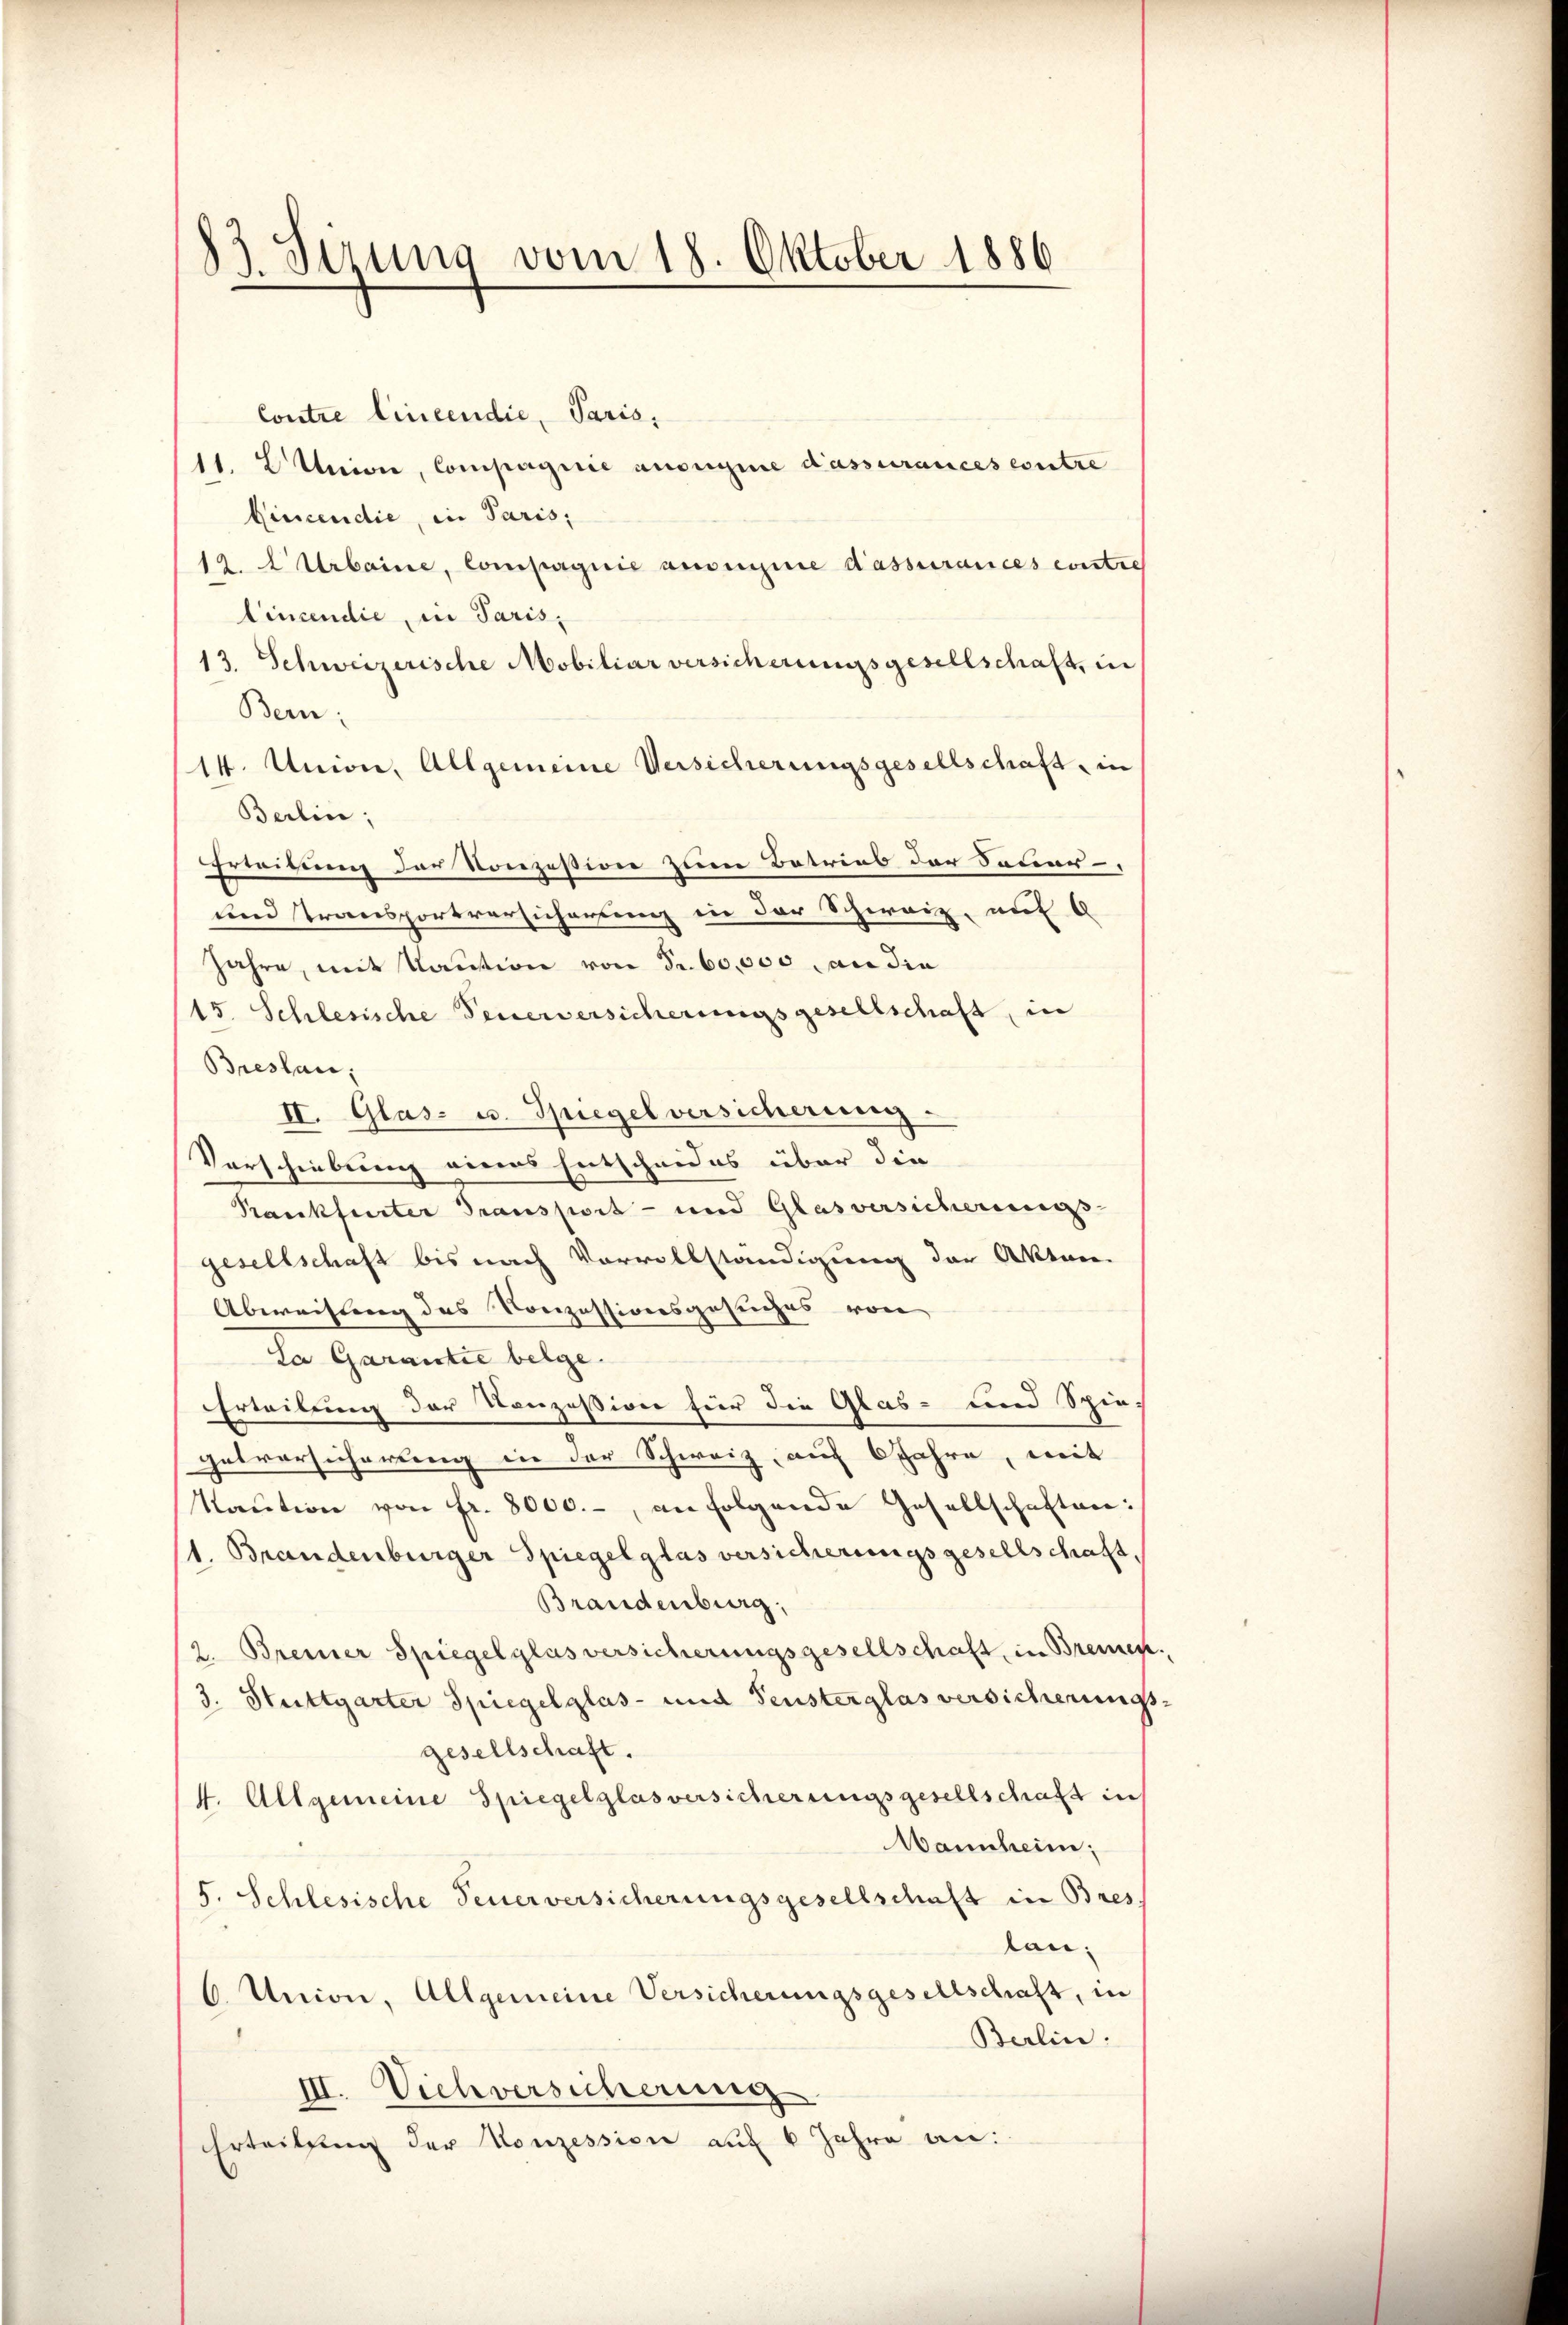
83. Sirung vom 18. Oktober 1886

Contre lineendie, Paris,
11. Union, Compagnie auseigine dassurances contre
Gincendie, in Paris,
12. A Urbaine, Compagnie auseine dassurances contre
Cincendie, in Paris,
13. Schweizerische Mobiliar versicherungsgesellschaft, in
Bern:
14. Union, Allgemeine Versicherungsgesellschaft, in
Berlin,
Erleibung der Vorzustion zum Betrieb der Satur-
und Transportversicherung in der Schweiz, auf
Jahre, mit Kaution von Fr. 60,000 an die
15. Schlesische Feuerversicherungsgesellschaft, in
Breslau,
II. Glas- u. Spiegel versicherung
Vorschiebung eines Entscheides über die
Rankfurter Transport- und Glas versicheress
gesellschaft bis nach Vorvollständigung der Akten.
Abweisung des Konzessionsgesuches von
La Garantie belge
Erteilung der Konzession für die Glas- und Spie-
getvorsicherung in der Schweiz, auch Jahre, mit
Kaŭtion von fr. 8000.- an folgende Gesellschaften:
/1. Brandenburger Spiegelglas versicherungsgesellschaft.
Brandenburg
2. Bremer Spiegelglas versicherungsgesellschaft, in Bremen
3. Stuttgarter Spiegelglas- und Fensterglas versicherungs-
gesellschaft.
4. Allgemeine Spiegelglasversicherungsgesellschaft in
Mannheim;
5. Schlesische Feuerversicherungsgesellschaft in Bres
lan;
6. Union, Allgemeine Versicherungsgesellschaft, in
Berlin.
III. Viehversicherung
Ertrittung der Konzession auf 6 Jahre an: